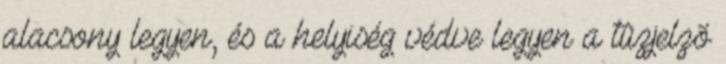
alacsony legyen, és a helyiség védve legyen a tûzjelzõ